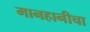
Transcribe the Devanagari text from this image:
मानहानीचा